Vaccination returns of the Province of Eastern Bengal and Assam - 1905-1912
Year: 1905
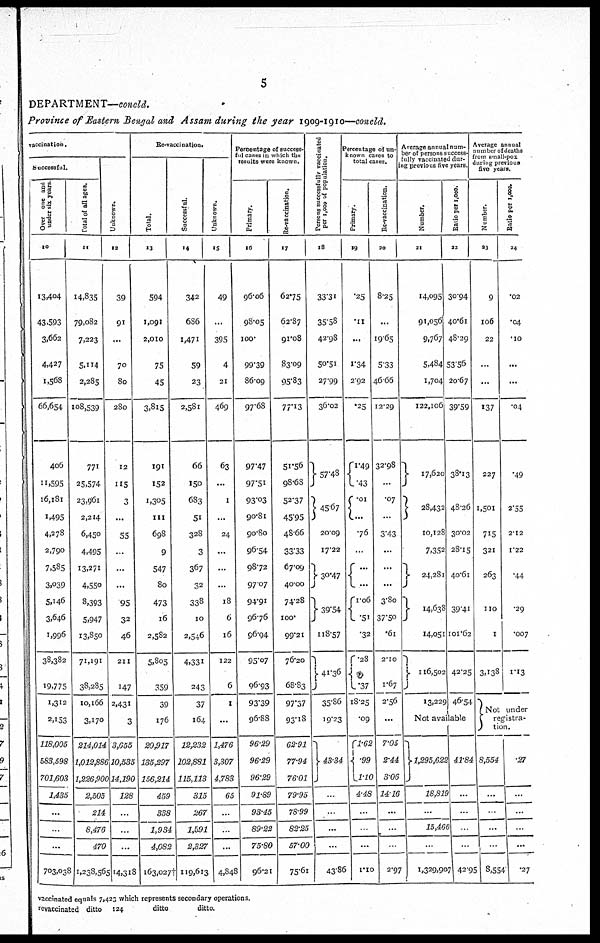
5
DEPARTMENT—concld.
Province of Eastern Bengal and Assam during the year 1909-1910—concld.
vaccination.
Successful.
Over one and
under six years.
10
13,404
43,593
3,662
4,427
1,568
66,654
406
11,595
16,181
1,495
4,278
2,790
7,585
3,039
5,146
3,646
1,996
38,382
19,775
1,312
2,153
118,005
583,598
701,603
1,435
...
...
...
703,038
Total of all ages.
11
14,835
79,082
7,223
5,114
2,285
108,539
771
25,574
23,961
2,214
6,450
4,495
13,271
4,550
8,393
5,947
13,850
71,191
38,285
10,166
3,170
214,014
1,012,886
1,26,900
2,505
214
8,476
470
1,238,565
Unknown.
12
39
91
...
70
80
280
12
115
3
...
55
...
...
...
95
32
46
211
147
2,431
3
3,655
10,535
14,190
128
...
...
...
14,318
Re-vaccination.
Total.
13
594
1,091
2,010
75
45
3,815
191
152
1,305
111
698
9
547
80
473
16
2,582
5,805
359
39
176
20,917
135,297
156,214
459
338
1,934
4,082
163,027†
Successful.
14
342
686
1,471
59
23
2,581
66
150
683
51
328
3
367
32
338
10
2,546
4,331
243
37
164
12,232
102,881
115,113
315
267
1,591
2,327
119,613
Unknown.
15
49
...
395
4
21
469
63
...
1
...
24
...
...
...
18
6
16
122
6
1
...
1,476
3,307
4,783
65
...
...
...
4,848
Percentage of success-
ful cases in which the
results were known.
Primary.
16
96.06
98.05
100.
99.39
86.09
97.68
97.47
97.51
93.03
90.81
90.80
96.54
98.72
97.07
94.91
96.76
96.94
95.07
96.93
93.39
96.88
96.29
96.29
96.29
91.89
93.45
89.22
75.80
96.21
Re-vaccination.
17
62.75
62.87
91.08
83.09
95.83
77.13
51.56
98.68
52.37
45.95
48.66
33.33
67.09
40.00
74.28
100.
99.21
76.20
68.83
97.37
93.18
62.91
77.94
76.01
79.95
78.99
82.25
57.00
75.61
Persons successfully vaccinated
per 1,000 of population.
18
33.31
35.58
42.98
50.51
27.99
36.02
57.48
45.67
20.09
17.22
30.47
39.54
118.57
41.36
35.86
19.23
43.34
...
...
...
...
43.86
Percentage of un-
known cases to
total cases.
Primary.
19
.25
.11
...
1.34
2.92
.25
1.49
.43
.01
...
.76
...
...
...
1.06
.51
.32
.28
.37
18.25
.09
1.62
.99
1.10
4.48
...
...
...
1.10
Re-vaccination.
20
8.25
...
19.65
5.33
46.66
12.29
32.98
...
.07
...
3.43
...
...
...
3.80
37.50
.61
2.10
1.67
2.56
...
7.05
2.44
3.06
14.16
...
...
...
2.97
Average annual num-
ber of persons success-
fully vaccinated dur-
ing previous five years.
Number.
21
14,095
91,056
9,767
5,484
1,704
122,106
17,620
28,432
10,128
7,352
24,281
14,638
14,051
116,502
13,229
Ratio per 1,000.
22
30.94
40.6l
48.29
53.56
20.67
39.59
38.13
48.26
30.02
28.15
40.61
39.41
101.62
42.25
46.54
Not available
1,295,622
18,819
...
15,466
...
1,329,907
41.54
...
...
...
...
42.95
Average annual
number of deaths
from small-pox
during previous
five years.
Number.
23
9
106
22
...
...
137
227
1,501
715
321
263
110
1
3,138
Ratio per 1,000.
24
.02
.04
.10
...
...
.04
.49
2.55
2.12
1.22
.44
.29
.007
1.13
Not under
registra-
tion.
8,554
...
...
...
...
8,554
.27
...
...
...
...
.27
vaccinated equals 7,423 which represents secondary operations.
revaccinated ditto
124
ditto
ditto.